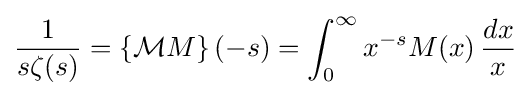
{\frac {1}{s\zeta (s)}}=\left\{{\mathcal {M}}M\right\}(-s)=\int _{0}^{\infty }x^{-s}M(x)\,{\frac {dx}{x}}